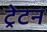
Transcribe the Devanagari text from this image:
ट्रेटन